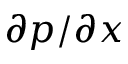
\partial p / \partial x